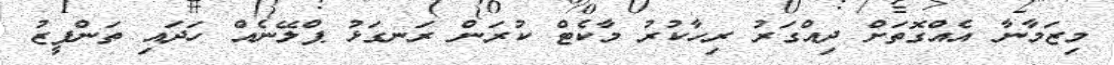
މިޒަމާނާ އެއްގޮތަށް ދިއްގަރު ރިހާކުރު މާކެޓް ކުރަން ރަނގަޅު ޕްލޭނެއް ހަދައި ތަންފީޒު